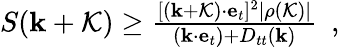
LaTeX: \begin{array}{r}{S({\mathbf k}+{\cal K})\ge\frac{[({\mathbf k}+{\cal K})\cdot{\mathbf e}_{t}]^{2}|\rho({\cal K})|}{({\mathbf k}\cdot{\mathbf e}_{t})+D_{tt}({\mathbf k})}~~,}\end{array}